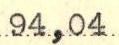
94,04